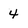
Character: 4